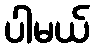
ပါမယ်